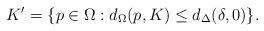
LaTeX: \begin{align*}K^\prime = \{ p \in \Omega : d_{\Omega}(p,K) \leq d_{\Delta}(\delta, 0)\}.\end{align*}